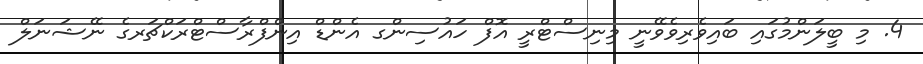
4. މި ބީލަންމުގައި ބައިވެރިވެވޭނީ މިނިސްޓްރީ އޮފް ހައުސިންގ އެންޑް އިންފްރާސްޓްރަކްޗަރގެ ނޭޝަނަލް